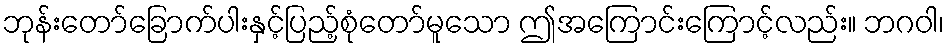
ဘုန်းတော်ခြောက်ပါးနှင့်ပြည့်စုံတော်မူသော ဤအကြောင်းကြောင့်လည်း။ ဘဂဝါ၊